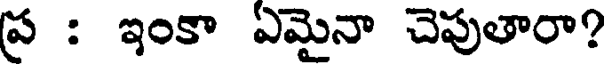
ప్ర : ఇంకా ఏమైనా చెపుతారా?